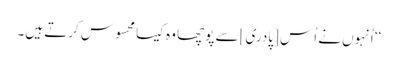
‘‘ اُنہوں نے اُس [پادری] سے پوچھا وہ کیسا محسوس کرتے ہیں۔